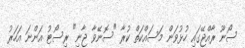
ސޯނޫ ރާއްޖޭގައި ހުޅުވަން މަސައްކަތް ކުރާ "ސޮނޭވާ ޖާނި" ރިސޯޓު އަންނަ އަހަރު